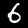
Label: 6